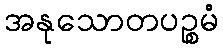
အနုသောတပဉ္စမံ